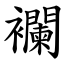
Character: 襴